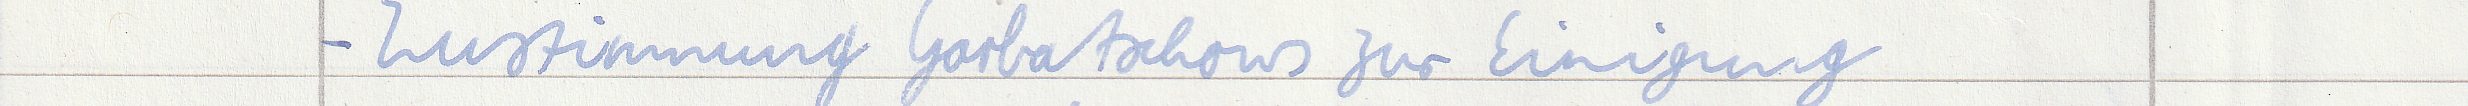
- Zustimmung Gorbatschows zur Einigung